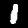
Digit: 1